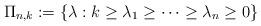
LaTeX: \begin{align*}\Pi _{n,k}:=\{\lambda :k\geq \lambda _{1}\geq \cdots \geq \lambda _{n}\geq0\}\end{align*}